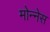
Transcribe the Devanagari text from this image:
मोन्‍नेस